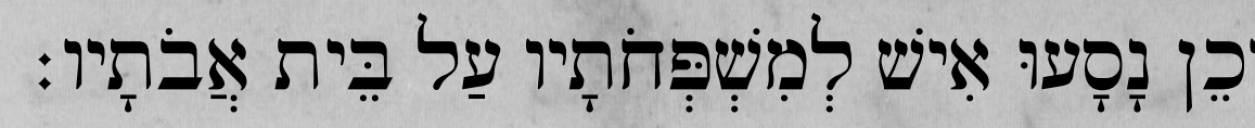
וְכֵן נָסָעוּ אִישׁ לְמִשְׁפְּחֹתָיו עַל בֵּית אֲבֹתָיו׃